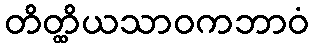
တိတ္ထိယသာဝကဘာဝံ